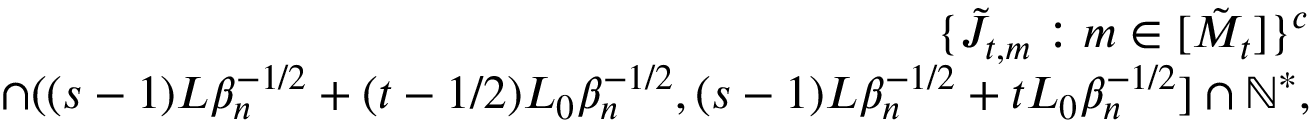
\begin{array} { r l r } & { } & { \{ \tilde { J } _ { t , m } : m \in [ \tilde { M } _ { t } ] \} ^ { c } } \\ & { } & { \cap ( ( s - 1 ) L \beta _ { n } ^ { - 1 \slash 2 } + ( t - 1 \slash 2 ) L _ { 0 } \beta _ { n } ^ { - 1 \slash 2 } , ( s - 1 ) L \beta _ { n } ^ { - 1 \slash 2 } + t L _ { 0 } \beta _ { n } ^ { - 1 \slash 2 } ] \cap \mathbb { N } ^ { * } , } \end{array}